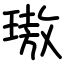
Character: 璈